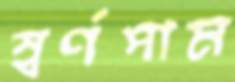
স্বর্ণপাম